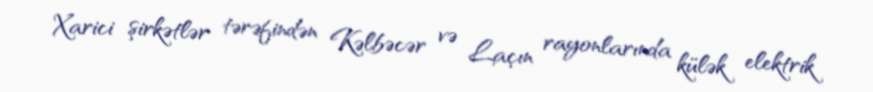
Xarici şirkətlər tərəfindən Kəlbəcər və Laçın rayonlarında külək elektrik